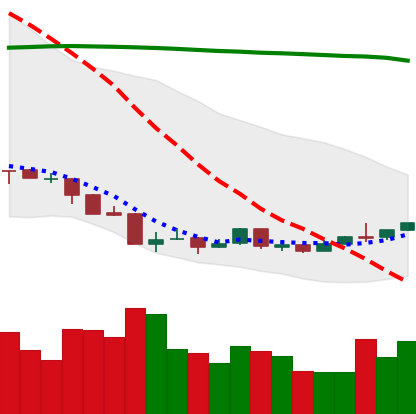
Ticker: ETH-USD
Chart end date: 2018-04-11
Forward return: 18.722%
Label: up_7plus